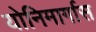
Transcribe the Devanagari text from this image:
योनिमार्गास